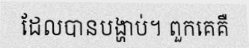
ដែលបានបង្ហាប់។ ពួកគេគឺ